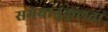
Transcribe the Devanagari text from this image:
समयानुकूलता